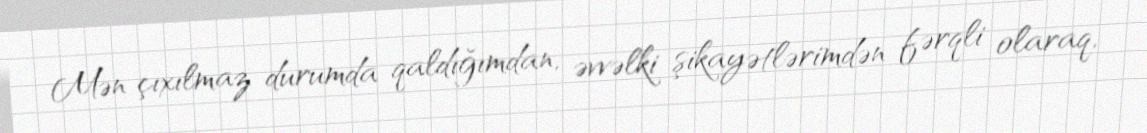
Mən çıxılmaz durumda qaldığımdan, əvvəlki şikayətlərimdən fərqli olaraq,